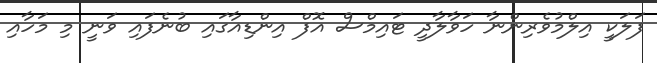
ފަލަކީ އިލްމުވެރިންނާ ހަވާލާދީ ޓައިމްސް އޮފް އިންޑިއާގައި ބުނެފައި ވަނީ މި މަހާއި